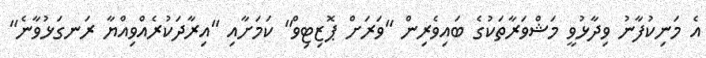
އެ މަނިކުފާނު ވިދާޅުވީ މަޝްވަރާތަކުގެ ބައިވެރިން "ވަރަށް ޕޮޒިޓިވް" ކަމަށާއި "އިރާދަކުރެއްވިއްޔާ ރަނގަޅުވާނެ"